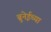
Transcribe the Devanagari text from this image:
ब्रुनेईच्या